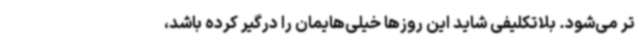
تر می‌شود. بلاتکلیفی شاید این روزها خیلی‌هایمان را درگیر کرده باشد،